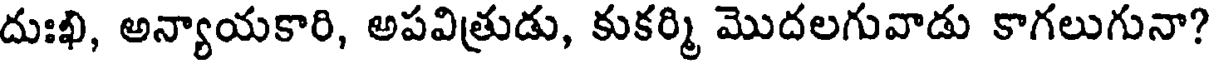
దుఃఖి, అన్యాయకారి, అపవిత్రుడు, కుకర్మి మొదలగువాడు కాగలుగునా?